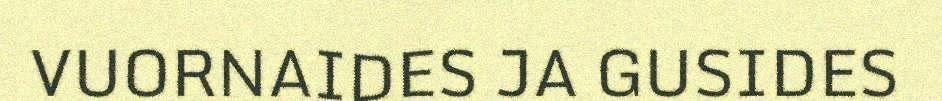
VUORNAIDES JA GUSIDES